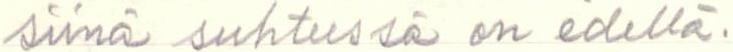
siinä suhteessa on edellä.